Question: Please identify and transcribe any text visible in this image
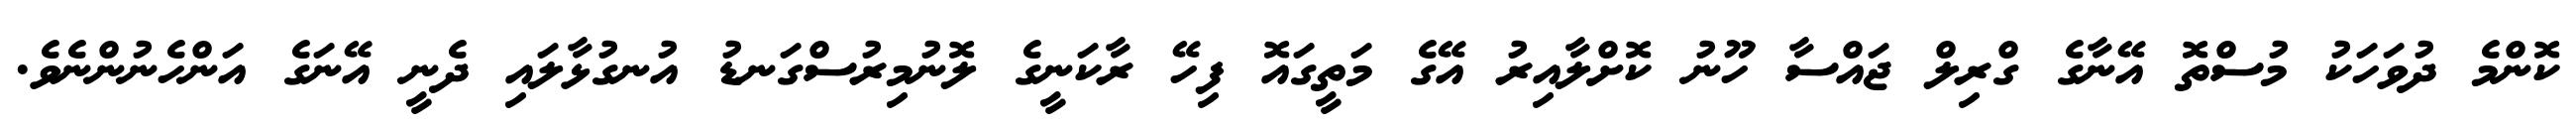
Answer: ކޮންމެ ދުވަހަކު މުސްތޮ އޭނާގެ ގްރިލް ޖައްސާ ހޫނު ކޮށްލާއިރު އޭގެ މަތީގައޮ ފިހޭ ރާކަނީގެ ލޮނުމިރުސްގަނޑު އުނގުޅާލައި ދެނީ އޭނަގެ އަންހެނުންނެވެ.